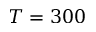
T = 3 0 0